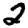
Digit: 2